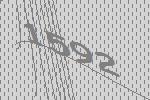
1592